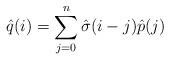
LaTeX: \begin{align*}\hat{q}(i)=\sum_{j=0}^{n}\hat{\sigma}(i-j)\hat{p}(j)\end{align*}